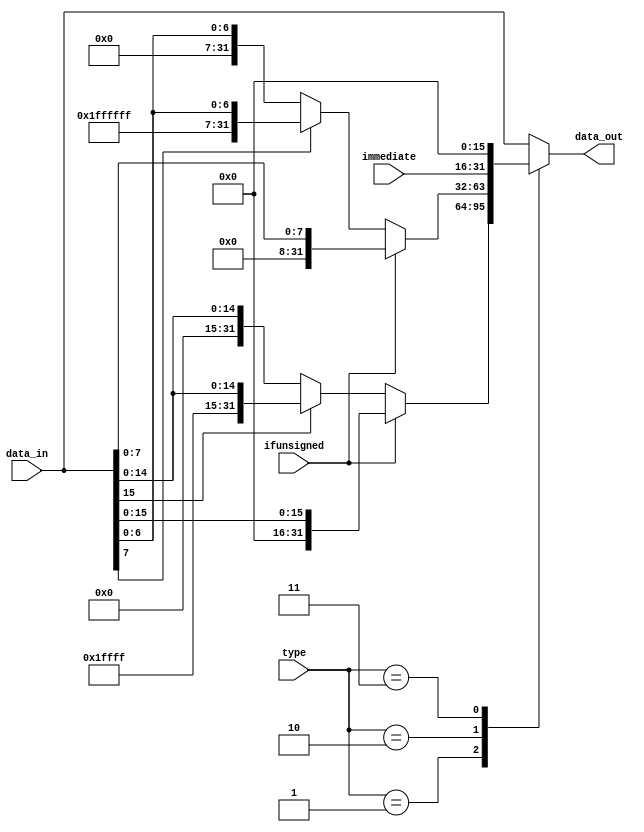
//for lb,lh...etc.
module load_data_sign_ex (
    input wire [31:0]data_in,
    input wire [15:0]immediate,

    input wire ifunsigned,
    input wire [1:0]type,
    
    output reg [31:0]data_out
);
 
    always @(*) begin
        case(type)
            2'd1: begin //half word
                if(ifunsigned) begin
                    data_out={16'd0,data_in[15:0]};
                end
                else begin 
                    if(data_in[15]==1) begin
                        data_out={16'hffff,data_in[15:0]};
                    end
                    else begin
                        data_out={16'd0,data_in[15:0]};
                    end
                end 
            end

            2'd2: begin //byte
                if(ifunsigned) begin
                    data_out={24'd0,data_in[7:0]};
                end
                else begin 
                    if(data_in[7]==1) begin
                        data_out={24'hffff_ff,data_in[7:0]};
                    end
                    else begin
                        data_out={24'd0,data_in[7:0]};
                    end
                end
            end
            2'd3: begin //lui
                data_out = {immediate,16'd0};
            end
            default:begin //word
                data_out=data_in;
            end
        endcase
    end

    
endmodule